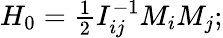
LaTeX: \begin{array}{r}{H_{0}=\frac 12I_{ij}^{-1}M_{i}M_{j};}\end{array}